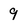
Character: 9